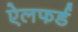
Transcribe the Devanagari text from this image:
ऐलफर्ड